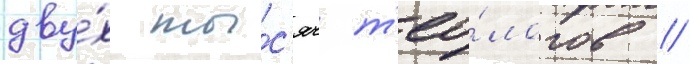
дву́х ты́с'яч т'ео́логов //